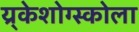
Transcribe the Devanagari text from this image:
य्र्केशोग्स्कोला